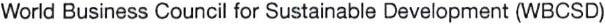
World Business Council for Sustainable Development (WBCSD)